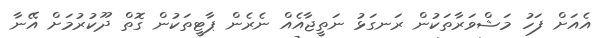
އެއަށް ފަހު މަޝްވަރާތަކުން ރަނގަޅު ނަތީޖާއެއް ނެރެން ޕާޓީތަކުން ގޮތް ދޫކުރުމަށް އޭނާ